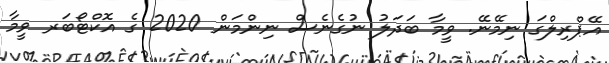
އޭޕްރިލްގަ ނިމޭނޭ. ވީމާ ބަދަލު ނުގެނެސް ނިންމަން 2020 ގެ އޮކްޓޯބަރ ވީމާ